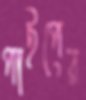
পাইপের